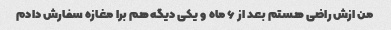
من ازش راضی هستم بعد از ۶ ماه و یکی دیگه هم برا مغازه سفارش دادم